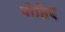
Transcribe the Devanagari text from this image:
पोहिए